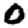
Digit: 0